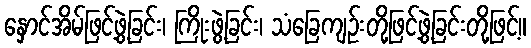
နှောင်အိမ်ဖြင့်ဖွဲ့ခြင်း၊ ကြိုးဖွဲ့ခြင်း၊ သံခြေကျဉ်းတို့ဖြင့်ဖွဲ့ခြင်းတို့ဖြင့်။